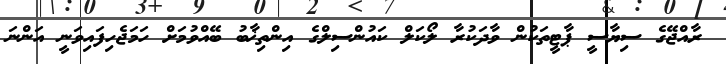
ރާއްޖޭގެ ސިޔާސީ ޕާޓީތަކުން ވާދަކުރާ ލޯކަލް ކައުންސިލްގެ އިންތިޚާބު ބޭއްވުމަށް ހަމަޖެހިފައިވަނީ އަންނަ